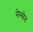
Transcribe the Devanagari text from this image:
नेल्सेन